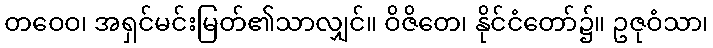
တဝေဝ၊ အရှင်မင်းမြတ်၏သာလျှင်။ ဝိဇိတေ၊ နိုင်ငံတော်၌။ ဥဇုဝံသာ၊